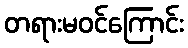
တရားမဝင်ကြောင်း